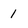
Character: 1